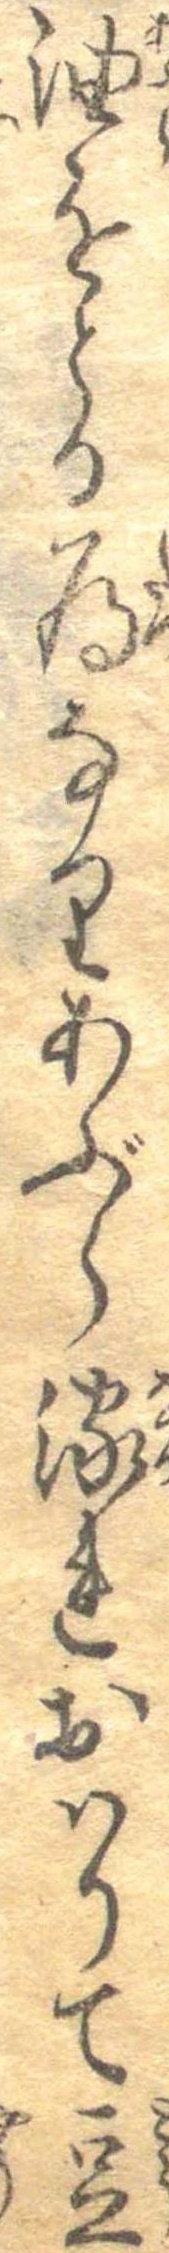
油をとる為なりあぶら流れおはりて豆